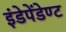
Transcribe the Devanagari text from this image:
इंडेपेंडेण्ट